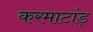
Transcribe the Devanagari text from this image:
करमाटांड़